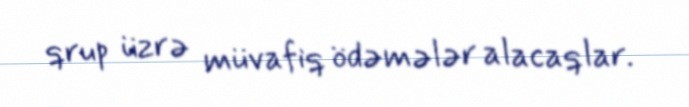
qrup üzrə müvafiq ödəmələr alacaqlar.